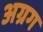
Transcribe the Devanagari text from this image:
अग्रग